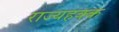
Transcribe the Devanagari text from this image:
राज्यहक्क